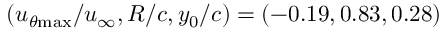
( u _ { \theta \mathrm { { m a x } } } / u _ { \infty } , R / c , y _ { 0 } / c ) = ( - 0 . 1 9 , 0 . 8 3 , 0 . 2 8 )